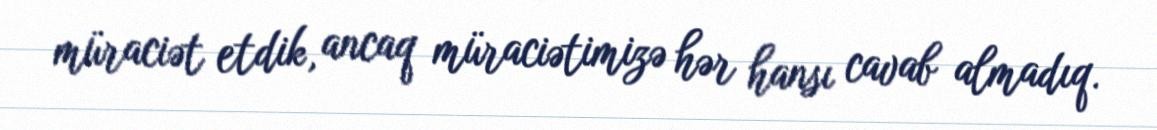
müraciət etdik, ancaq müraciətimizə hər hansı cavab almadıq.